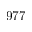
9 7 7